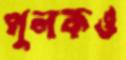
পুলকও